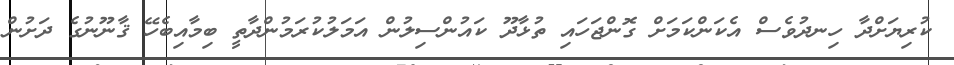
ކުރިޔަށްދާ ހިނދުވެސް އެކަންކަމަށް ގޮންޖަހައި ތުޅާދޫ ކައުންސިލުން އަމަލުކުރަމުންދާތީ ބިމާއިބެހޭ ޤާނޫނުގެ ދަށުން